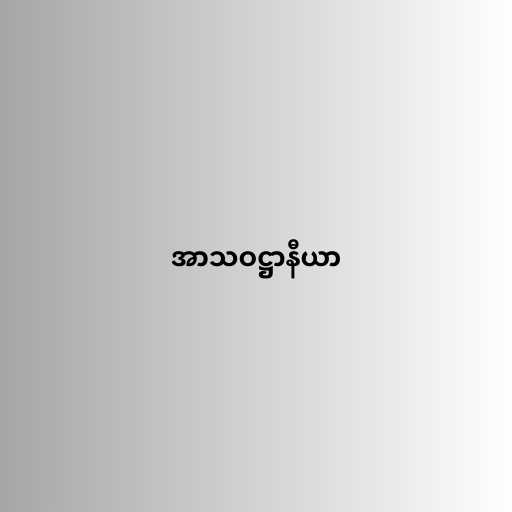
အာသဝဋ္ဌာနီယာ